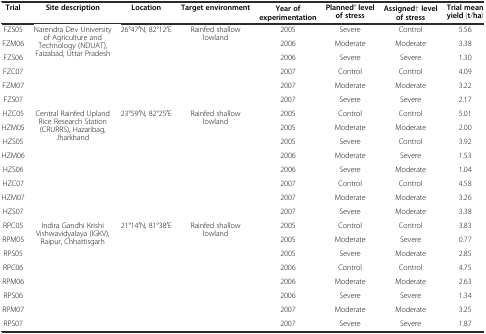
| Trial | Site description | Location | Target environment | Year of experimentation | Planned* level of stress | Assigned† level of stress | Trial mean yield (t/ha) |
 | --- | --- | --- | --- | --- | --- | --- | --- |
 | FZS05 | <ROWSPAN=6> Narendra Dev University of Agriculture and Technology (NDUAT), Faizabad, Uttar Pradesh | <ROWSPAN=6> 26°47′N, 82°12′E | <ROWSPAN=6> Rainfed shallow lowland | 2005 | Severe | Control | 5.56 |
 | FZM06 | 2006 | Moderate | Moderate | 3.38 |
 | FZS06 | 2006 | Severe | Severe | 1.30 |
 | FZC07 | 2007 | Control | Control | 4.09 |
 | FZM07 | 2007 | Moderate | Moderate | 3.22 |
 | FZS07 | 2007 | Severe | Severe | 2.17 |
 | HZC05 | <ROWSPAN=8> Central Rainfed Upland Rice Research Station (CRURRS), Hazaribag, Jharkhand | <ROWSPAN=8> 23°59′N, 82°25′E | <ROWSPAN=8> Rainfed shallow lowland | 2005 | Control | Control | 5.01 |
 | HZM05 | 2005 | Moderate | Moderate | 2.00 |
 | HZS05 | 2005 | Severe | Control | 3.92 |
 | HZM06 | 2006 | Moderate | Severe | 1.53 |
 | HZS06 | 2006 | Severe | Moderate | 1.04 |
 | HZC07 | 2007 | Control | Control | 4.58 |
 | HZM07 | 2007 | Moderate | Moderate | 3.26 |
 | HZS07 | 2007 | Severe | Moderate | 3.38 |
 | RPC05 | <ROWSPAN=8> Indira Gandhi Krishi Vishwavidyalaya (IGKV), Raipur, Chhattisgarh | <ROWSPAN=8> 21°14′N, 81°38′E | <ROWSPAN=8> Rainfed shallow lowland | 2005 | Control | Control | 3.83 |
 | RPM05 | 2005 | Moderate | Severe | 0.77 |
 | RPS05 | 2005 | Severe | Moderate | 2.85 |
 | RPC06 | 2006 | Control | Control | 4.75 |
 | RPM06 | 2006 | Moderate | Moderate | 2.63 |
 | RPS06 | 2006 | Severe | Severe | 1.34 |
 | RPM07 | 2007 | Moderate | Moderate | 3.25 |
 | RPS07 | 2007 | Severe | Severe | 1.87 |